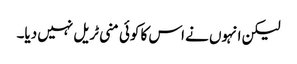
لیکن انہوں نے اس کا کوئی منی ٹریل نہیں دیا۔